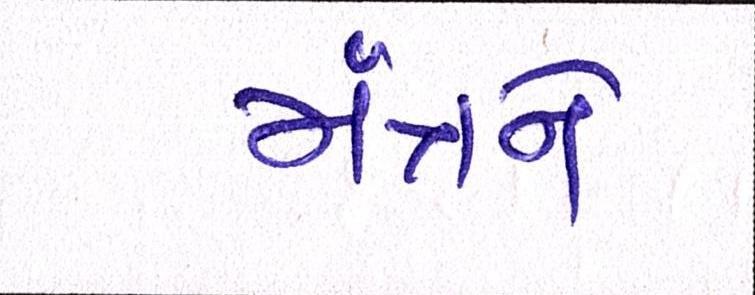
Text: મંત્રને